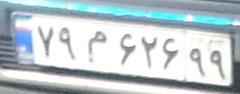
۷۹م۶۲۶۹۹